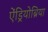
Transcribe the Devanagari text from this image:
ऐंड्रियोब्रिया